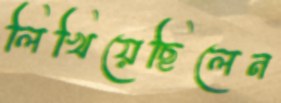
লিখিয়েছিলেন